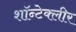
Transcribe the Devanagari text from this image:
शॉन्टेक्लीर